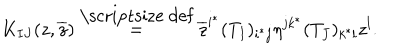
LaTeX: K _ { I J } ( z , \overline { { z } } ) \stackrel { \mathrm { \scriptsize ~ d e f } } { = } \overline { { z } } ^ { i ^ { * } } ( T _ { I } ) _ { i ^ { * } j } \eta ^ { j k ^ { * } } ( T _ { J } ) _ { k ^ { * } l } z ^ { l } .